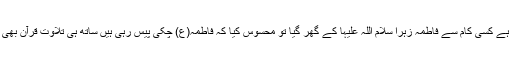
سلمان ہی سے نقل ہے کسی کام سے فاطمہ زہرا سلام اللہ علیہا کے گھر گیا تو محسوس کیا کہ فاطمہ(ع) چکی پیس رہی ہیں ساتھ ہی تلاوت قرآن بھی کرتی جا رہی ہیں۔